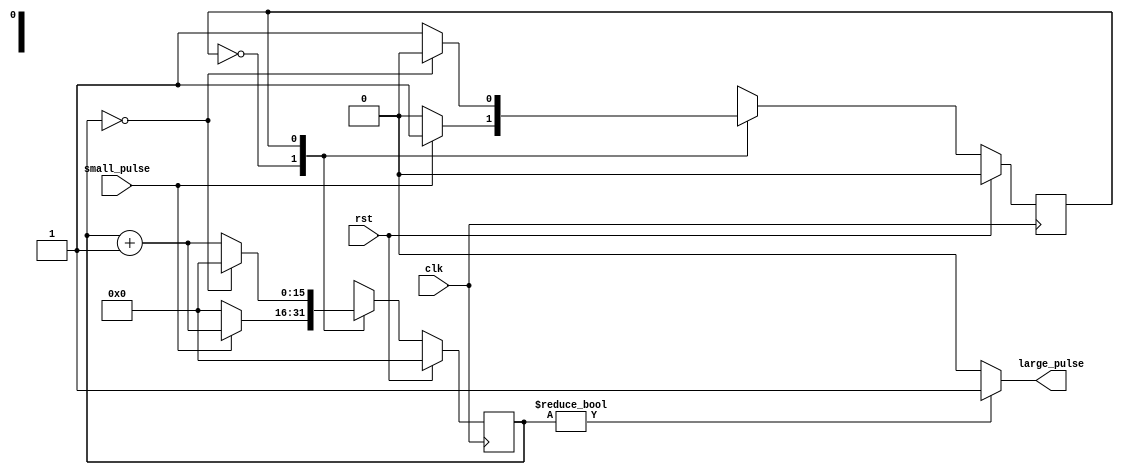
`timescale 1ns / 1ps
//////////////////////////////////////////////////////////////////////////////////
// Company: 
// Engineer: 
// 
// Design Name: 
// Module Name: CreateLargePulse
// Project Name: 
// Target Devices: 
// Tool Versions: 
// Description: 
// 
// Dependencies: 
// 
// Revision:
// Revision 0.01 - File Created
// Additional Comments:
// 
//////////////////////////////////////////////////////////////////////////////////


module CreateLargePulse (
	output wire large_pulse,
	input wire small_pulse,
	input wire rst,
	input wire clk
);

	parameter n = 16;

	reg state, next_state;
	reg[n-1:0] counter, next_counter;

	assign large_pulse = (counter != 0) ? 1 : 0;

	always@ (posedge clk) begin
		if(rst) begin
				state <= 0;
				counter <= 0;
		end
		else begin
				state <= next_state;
				counter <= next_counter;
		end
	end

	always@(*) begin
		case(state)
				0 : begin
						if(small_pulse == 1) begin
								next_state = 1;
								next_counter = counter + 1;
						end
						else begin
								next_state = 0;
								next_counter = 0;
						end
				end
				1 : begin
						if(counter == 0) begin
								next_state = 0;
								next_counter = 0;
						end
						else begin
								next_state = 1;
								next_counter = counter + 1;
						end
				end
		endcase
	end

endmodule